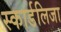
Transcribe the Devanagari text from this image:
स्कार्डलिजा